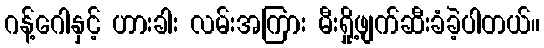
ဂန့်ဂေါနှင့် ဟားခါး လမ်းအကြား မီးရှို့ဖျက်ဆီးခံခဲ့ပါတယ်။